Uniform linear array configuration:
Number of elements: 24
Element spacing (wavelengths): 1
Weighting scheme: exponential
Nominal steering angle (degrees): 30
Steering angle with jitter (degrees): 29.628
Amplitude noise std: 0.05
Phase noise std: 0.05

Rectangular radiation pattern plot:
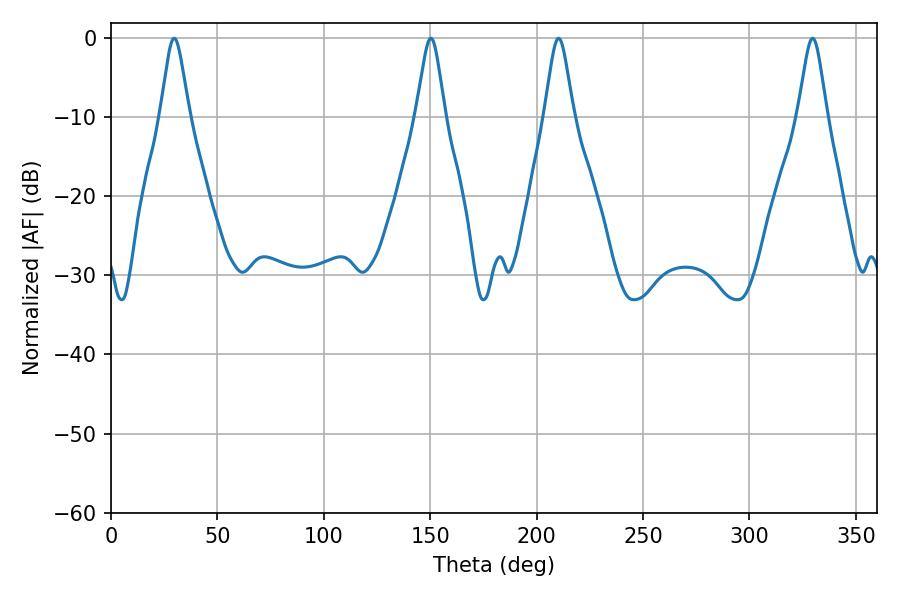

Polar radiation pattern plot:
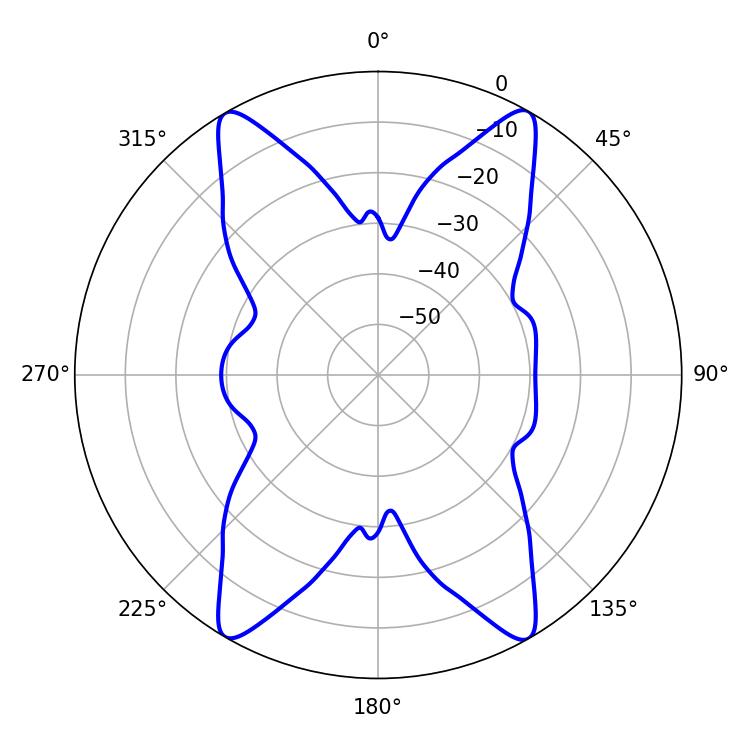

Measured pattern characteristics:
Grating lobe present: TRUE
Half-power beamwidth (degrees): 6.66
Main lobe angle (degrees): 29.7